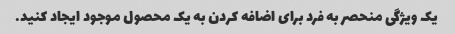
یک ویژگی منحصر به فرد برای اضافه کردن به یک محصول موجود ایجاد کنید.